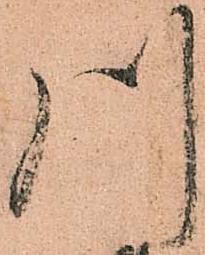
川